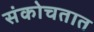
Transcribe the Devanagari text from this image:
संकोचतात